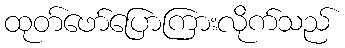
ထုတ်ဖော်ပြောကြားလိုက်သည်